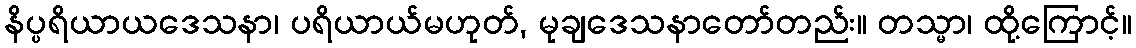
နိပ္ပရိယာယဒေသနာ၊ ပရိယာယ်မဟုတ်, မုချဒေသနာတော်တည်း။ တသ္မာ၊ ထို့ကြောင့်။